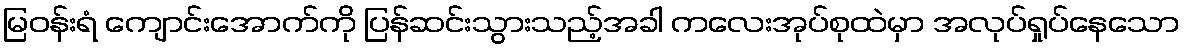
မြဝန်းရံ ကျောင်းအောက်ကို ပြန်ဆင်းသွားသည့်အခါ ကလေးအုပ်စုထဲမှာ အလုပ်ရှုပ်နေသော